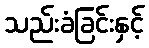
သည်းခံခြင်းနှင့်